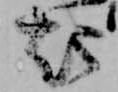
起